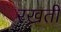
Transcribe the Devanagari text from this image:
रख्रती